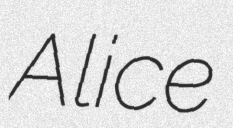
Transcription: Alice